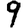
Digit: 9